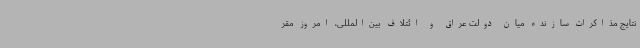
نتایج مذاکرات سازنده میان دولت عراق و ائتلاف بین‌المللی، امروز مقر